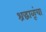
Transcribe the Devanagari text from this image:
श्रद्धाळूंचा